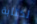
لكتابة